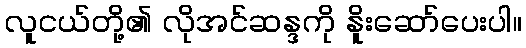
လူငယ်တို့၏ လိုအင်ဆန္ဒကို နိူးဆော်ပေးပါ။